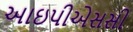
આઇપીએસસી